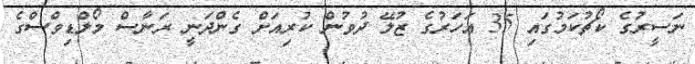
ނަސީރުގެ ކޯޗުކަމުގައި 35 އަހަރުގެ ޒުލޭ ދުވުން ކުރިއަށް ގެންދަނީ ރަނާސް މޯލްޑިވްސްގެ